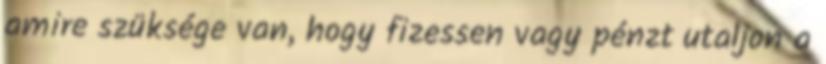
amire szüksége van, hogy fizessen vagy pénzt utaljon a